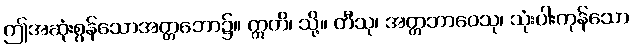
ဤအဆုံးစွန်သောအတ္တဘော၌။ ဣတိ၊ သို့။ တီသု၊ အတ္တဘာဝေသု၊ သုံးပါးကုန်သော